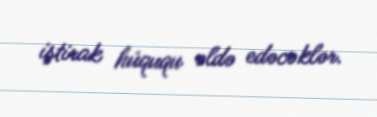
iştirak hüququ əldə edəcəklər.